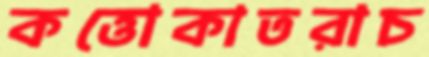
কত্তোকাতরাচ